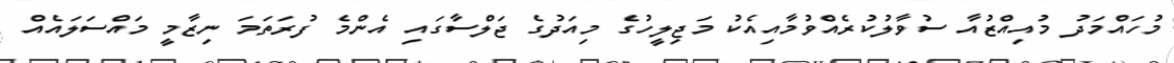
މުހައްމަދު މުއިއްޒުއާ ސުވާލުކުރެއްވުމާއިއެކު މަޖިލީހުގެ މިއަދުގެ ޖަލްސާގައި އެންމެ ފުރަތަމަ ނިޒާމީ މައްސަލައެއް